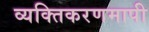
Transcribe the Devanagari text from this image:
व्यक्तिकरणमापी